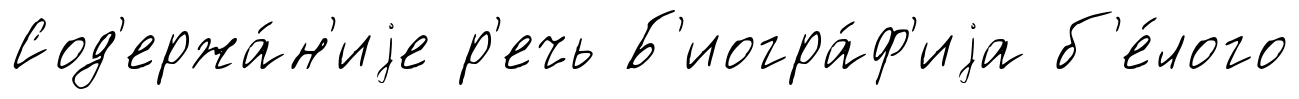
Сод'ержа́н'иjе р'ечь Б'иогра́ф'иjа б'е́лого